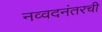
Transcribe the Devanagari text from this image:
नव्वदनंतरची